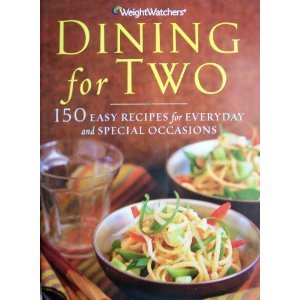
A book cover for Weight Watchers Dining for Two; Nancy Gagliardi (Editor); Health, Fitness & Dieting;